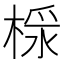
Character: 𣖩